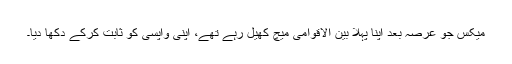
میکس جو عرصہ بعد اپنا پہلا بین الاقوامی میچ کھیل رہے تھے، اپنی واپسی کو ثابت کرکے دکھا دیا۔